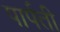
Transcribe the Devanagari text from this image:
पार्पती